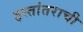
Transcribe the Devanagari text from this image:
हस्तांतराची